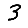
Digit: 3